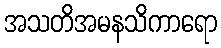
အသတိအမနသိကာရော